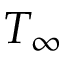
T _ { \infty }